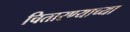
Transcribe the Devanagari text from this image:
चितारण्याच्या